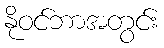
နိုဝင်ဘာအတွင်း